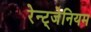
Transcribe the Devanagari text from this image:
रेन्ट्जेनियम